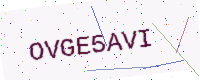
Text: OVGE5AVI